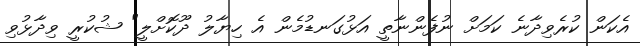
އެކަން ކުރެވިދާނެ ކަމަށް ނުފެންނާތީ އަޅުގަނޑުމެން އެ ހިޔާލު ދޫކޮށްލީ" ޝުކުރީ ވިދާޅުވި